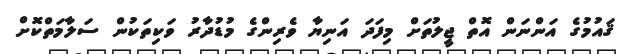
ޤައުމުގެ އަންނަން އޮތް ޖީލުތަށް މިފަދަ އަނިޔާ ވެރިންގެ މުޑުދާރު ވަކިތަކުން ސަލާމަތްކޮށް